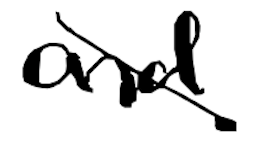
Text: and
Cross-out: diagonal
Writing tool: digital_black